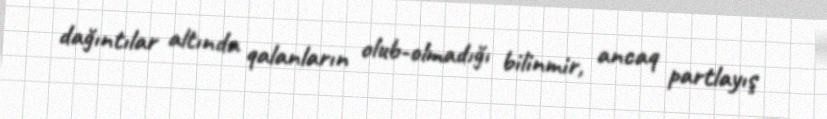
dağıntılar altında qalanların olub-olmadığı bilinmir, ancaq partlayış